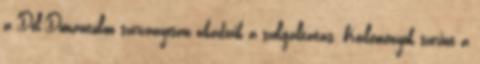
a Dél-Dunántúlon szórványosan akadozik a szolgáltatás. Közleményük szerint a